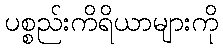
ပစ္စည်းကိရိယာများကို